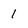
Character: 1